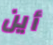
أين